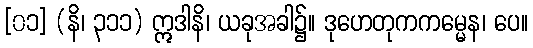
[၀၁] (နိ၊ ၃၁၁) ဣဒါနိ၊ ယခုအခါ၌။ ဒုဟေတုကကမ္မေန၊ ပေ။